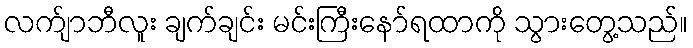
လက်ျာဘီလူး ချက်ချင်း မင်းကြီးနော်ရထာကို သွားတွေ့သည်။